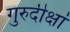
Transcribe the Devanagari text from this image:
गुरुदीक्षां